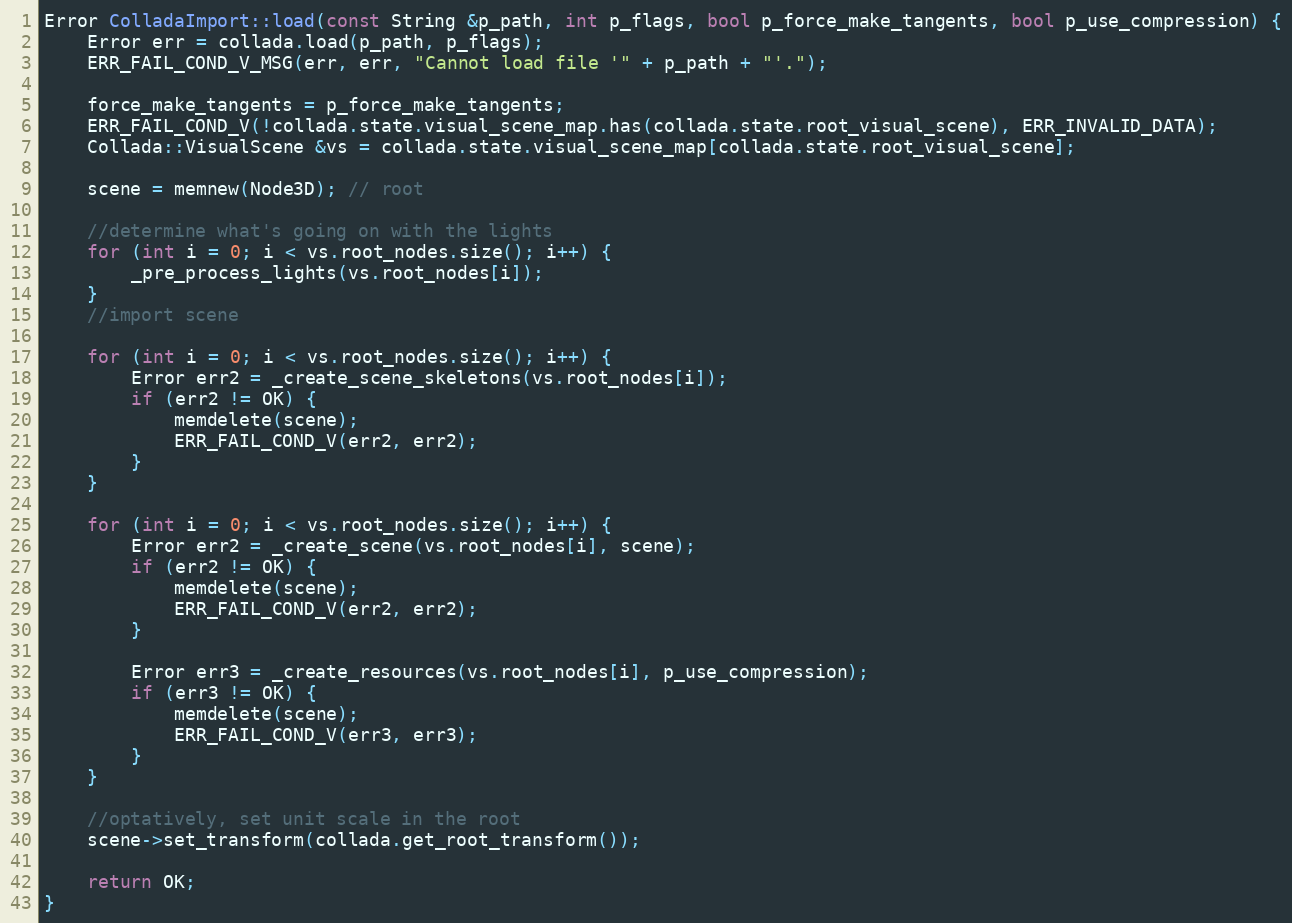
Language: C++
Error ColladaImport::load(const String &p_path, int p_flags, bool p_force_make_tangents, bool p_use_compression) {
	Error err = collada.load(p_path, p_flags);
	ERR_FAIL_COND_V_MSG(err, err, "Cannot load file '" + p_path + "'.");

	force_make_tangents = p_force_make_tangents;
	ERR_FAIL_COND_V(!collada.state.visual_scene_map.has(collada.state.root_visual_scene), ERR_INVALID_DATA);
	Collada::VisualScene &vs = collada.state.visual_scene_map[collada.state.root_visual_scene];

	scene = memnew(Node3D); // root

	//determine what's going on with the lights
	for (int i = 0; i < vs.root_nodes.size(); i++) {
		_pre_process_lights(vs.root_nodes[i]);
	}
	//import scene

	for (int i = 0; i < vs.root_nodes.size(); i++) {
		Error err2 = _create_scene_skeletons(vs.root_nodes[i]);
		if (err2 != OK) {
			memdelete(scene);
			ERR_FAIL_COND_V(err2, err2);
		}
	}

	for (int i = 0; i < vs.root_nodes.size(); i++) {
		Error err2 = _create_scene(vs.root_nodes[i], scene);
		if (err2 != OK) {
			memdelete(scene);
			ERR_FAIL_COND_V(err2, err2);
		}

		Error err3 = _create_resources(vs.root_nodes[i], p_use_compression);
		if (err3 != OK) {
			memdelete(scene);
			ERR_FAIL_COND_V(err3, err3);
		}
	}

	//optatively, set unit scale in the root
	scene->set_transform(collada.get_root_transform());

	return OK;
}